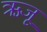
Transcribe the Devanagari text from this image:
ऋजू